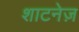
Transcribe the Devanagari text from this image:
शाटनेज़